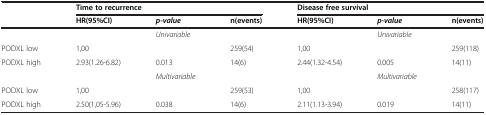
<table><thead><tr><td><b> </b></td><td colspan="3"><b>Time to recurrence</b></td><td colspan="3"><b>Disease free survival</b></td></tr><tr><td><b> </b></td><td><b>HR(95%CI)</b></td><td><b><i>p-value</i></b></td><td><b>n(events)</b></td><td><b>HR(95%CI)</b></td><td><b><i>p-value</i></b></td><td><b>n(events)</b></td></tr></thead><tbody><tr><td> </td><td> </td><td><i>Univariable</i></td><td> </td><td> </td><td><i>Univariable</i></td><td> </td></tr><tr><td>PODXL low</td><td>1,00</td><td> </td><td>259(54)</td><td>1,00</td><td> </td><td>259(118)</td></tr><tr><td>PODXL high</td><td>2.93(1.26-6.82)</td><td>0.013</td><td>14(6)</td><td>2.44(1.32-4.54)</td><td>0.005</td><td>14(11)</td></tr><tr><td> </td><td> </td><td><i>Multivariable</i></td><td> </td><td> </td><td><i>Multivariable</i></td><td> </td></tr><tr><td>PODXL low</td><td>1,00</td><td> </td><td>259(53)</td><td>1,00</td><td> </td><td>258(117)</td></tr><tr><td>PODXL high</td><td>2.50(1,05-5.96)</td><td>0.038</td><td>14(6)</td><td>2.11(1.13-3.94)</td><td>0.019</td><td>14(11)</td></tr></tbody></table>